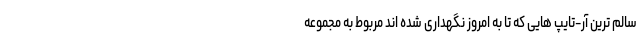
سالم ترین آر-تایپ هایی که تا به امروز نگهداری شده اند مربوط به مجموعه